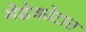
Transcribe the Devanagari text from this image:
मेढेकोटात